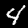
Label: 4